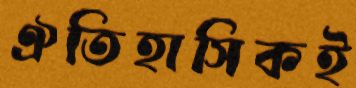
ঐতিহাসিকই